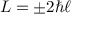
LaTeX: L = \pm 2 \hbar \ell